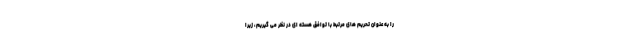
را به عنوان تحریم های مرتبط با توافق هسته ای در نظر می گیریم، زیرا